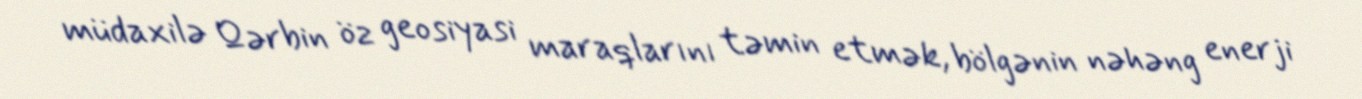
müdaxilə Qərbin öz geosiyasi maraqlarını təmin etmək, bölgənin nəhəng enerji